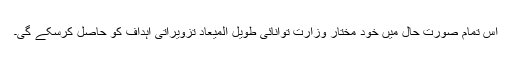
اس تمام صورت حال میں خود مختار وزارت توانائی طویل المیعاد تزویراتی اہداف کو حاصل کرسکے گی۔